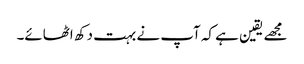
مجھے یقین ہے کہ آپ نے بہت دکھ اٹھائے۔